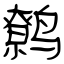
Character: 鹩